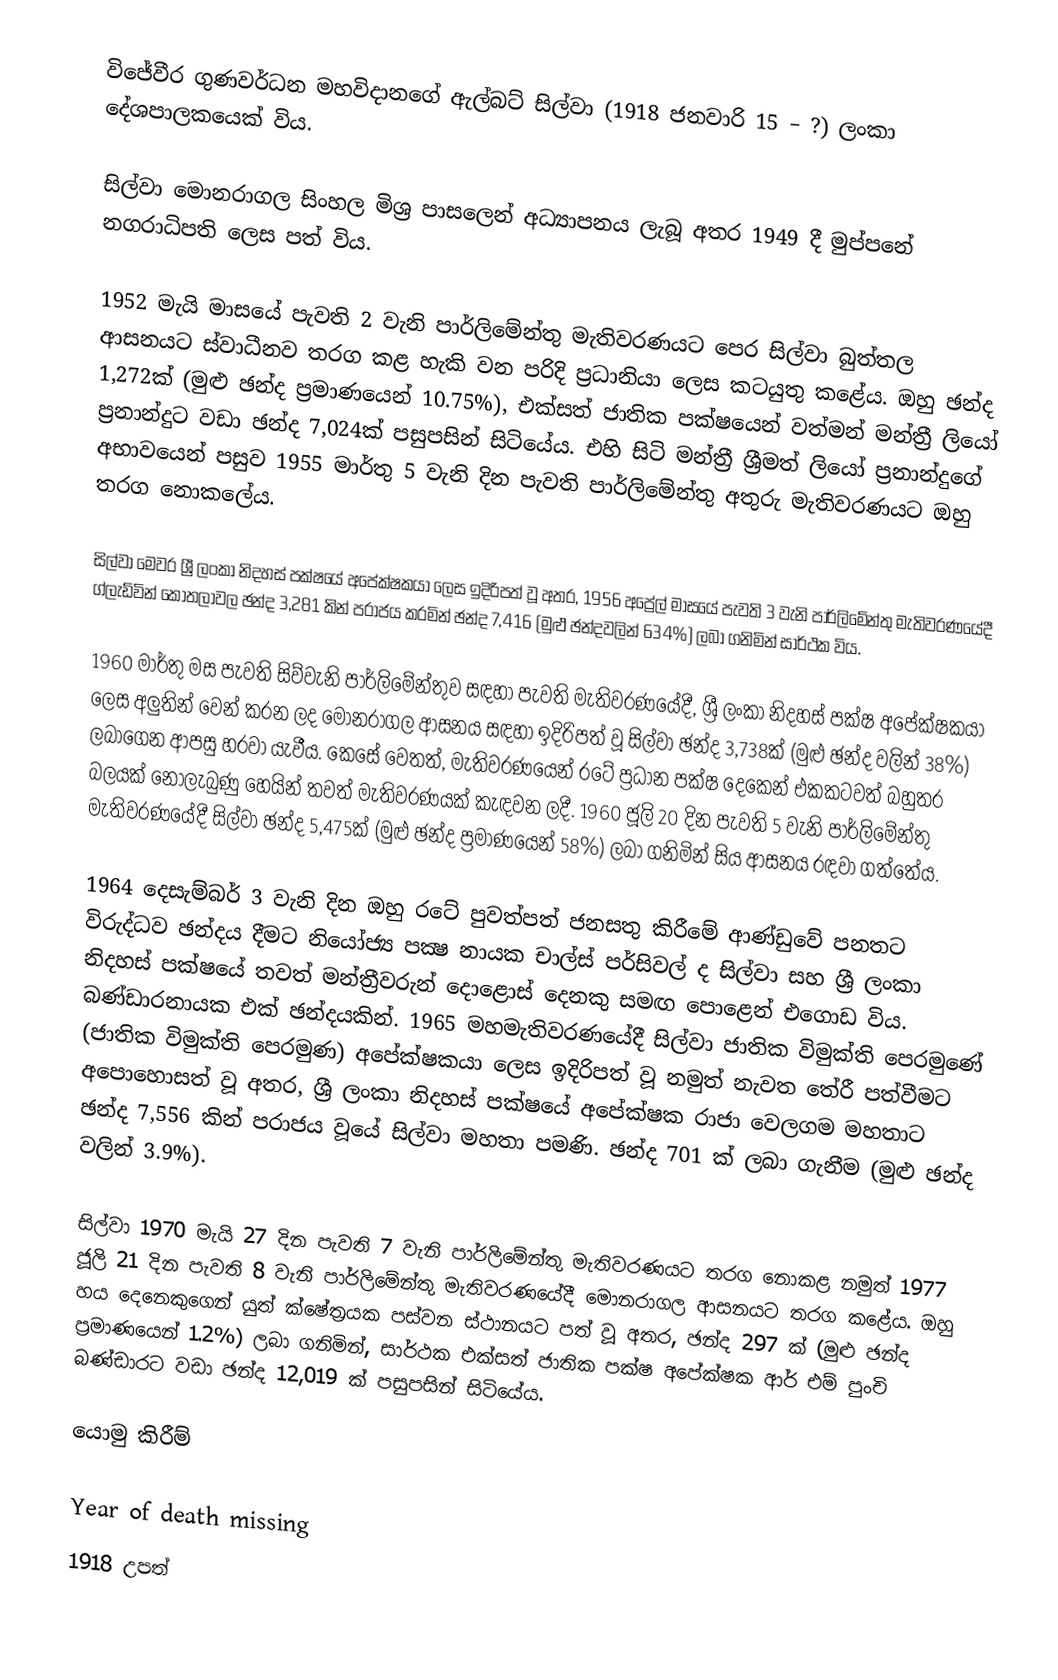
විජේවීර ගුණවර්ධන මහවිදානගේ ඇල්බට් සිල්වා (1918 ජනවාරි 15 – ?) ලංකා දේශපාලකයෙක් විය.

සිල්වා මොනරාගල සිංහල මිශ්‍ර පාසලෙන් අධ්‍යාපනය ලැබූ අතර 1949 දී මුප්පනේ නගරාධිපති ලෙස පත් විය.

1952 මැයි මාසයේ පැවති 2 වැනි පාර්ලිමේන්තු මැතිවරණයට පෙර සිල්වා බුත්තල ආසනයට ස්වාධීනව තරග කළ හැකි වන පරිදි ප්‍රධානියා ලෙස කටයුතු කළේය. ඔහු ඡන්ද 1,272ක් (මුළු ඡන්ද ප්‍රමාණයෙන් 10.75%), එක්සත් ජාතික පක්ෂයෙන් වත්මන් මන්ත්‍රී ලියෝ ප්‍රනාන්දුට වඩා ඡන්ද 7,024ක් පසුපසින් සිටියේය. එහි සිටි මන්ත්‍රී ශ්‍රීමත් ලියෝ ප්‍රනාන්දුගේ අභාවයෙන් පසුව 1955 මාර්තු 5 වැනි දින පැවති පාර්ලිමේන්තු අතුරු මැතිවරණයට ඔහු තරග නොකලේය.

සිල්වා මෙවර ශ්‍රී ලංකා නිදහස් පක්ෂයේ අපේක්ෂකයා ලෙස ඉදිරිපත් වූ අතර, 1956 අප්‍රේල් මාසයේ පැවති 3 වැනි පාර්ලිමේන්තු මැතිවරණයේදී ග්ලැඩ්වින් කොතලාවල ඡන්ද 3,281 කින් පරාජය කරමින් ඡන්ද 7,416 (මුළු ඡන්දවලින් 634%) ලබා ගනිමින් සාර්ථක විය.

1960 මාර්තු මස පැවති සිව්වැනි පාර්ලිමේන්තුව සඳහා පැවති මැතිවරණයේදී, ශ්‍රී ලංකා නිදහස් පක්ෂ අපේක්ෂකයා ලෙස අලුතින් වෙන් කරන ලද මොනරාගල ආසනය සඳහා ඉදිරිපත් වූ සිල්වා ඡන්ද 3,738ක් (මුළු ඡන්ද වලින් 38%) ලබාගෙන ආපසු හරවා යැවීය. කෙසේ වෙතත්, මැතිවරණයෙන් රටේ ප්‍රධාන පක්ෂ දෙකෙන් එකකටවත් බහුතර බලයක් නොලැබුණු හෙයින් තවත් මැතිවරණයක් කැඳවන ලදී. 1960 ජූලි 20 දින පැවති 5 වැනි පාර්ලිමේන්තු මැතිවරණයේදී සිල්වා ඡන්ද 5,475ක් (මුළු ඡන්ද ප්‍රමාණයෙන් 58%) ලබා ගනිමින් සිය ආසනය රඳවා ගත්තේය.

1964 දෙසැම්බර් 3 වැනි දින ඔහු රටේ පුවත්පත් ජනසතු කිරීමේ ආණ්ඩුවේ පනතට විරුද්ධව ඡන්දය දීමට නියෝජ්‍ය පක්‍ෂ නායක චාල්ස් පර්සිවල් ද සිල්වා සහ ශ්‍රී ලංකා නිදහස් පක්ෂයේ තවත් මන්ත්‍රීවරුන් දොළොස් දෙනකු සමඟ පොළෙන් එගොඩ විය. බණ්ඩාරනායක එක් ඡන්දයකින්. 1965 මහමැතිවරණයේදී සිල්වා ජාතික විමුක්ති පෙරමුණේ (ජාතික විමුක්ති පෙරමුණ) අපේක්ෂකයා ලෙස ඉදිරිපත් වූ නමුත් නැවත තේරී පත්වීමට අපොහොසත් වූ අතර, ශ්‍රී ලංකා නිදහස් පක්ෂයේ අපේක්ෂක රාජා වෙලගම මහතාට ඡන්ද 7,556 කින් පරාජය වූයේ සිල්වා මහතා පමණි. ඡන්ද 701 ක් ලබා ගැනීම (මුළු ඡන්ද වලින් 3.9%).

සිල්වා 1970 මැයි 27 දින පැවති 7 වැනි පාර්ලිමේන්තු මැතිවරණයට තරග නොකළ  නමුත් 1977 ජූලි 21 දින පැවති 8 වැනි පාර්ලිමේන්තු මැතිවරණයේදී මොනරාගල ආසනයට තරග කළේය. ඔහු හය දෙනෙකුගෙන් යුත් ක්ෂේත්‍රයක පස්වන ස්ථානයට පත් වූ අතර, ඡන්ද 297 ක් (මුළු ඡන්ද ප්‍රමාණයෙන් 1.2%) ලබා ගනිමින්, සාර්ථක එක්සත් ජාතික පක්ෂ අපේක්ෂක ආර් එම් පුංචි බණ්ඩාරට වඩා ඡන්ද 12,019 ක් පසුපසින් සිටියේය.

යොමු කිරීම්

Year of death missing
1918 උපත්